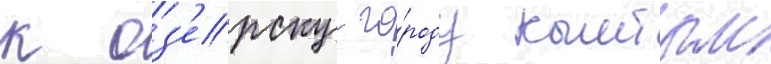
к оз'ерску го́роду кыштым